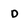
Character: D